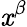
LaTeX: \mathit{x}^{\beta}